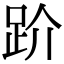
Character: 𧿩